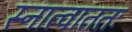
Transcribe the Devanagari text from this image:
स्नात्वाततः